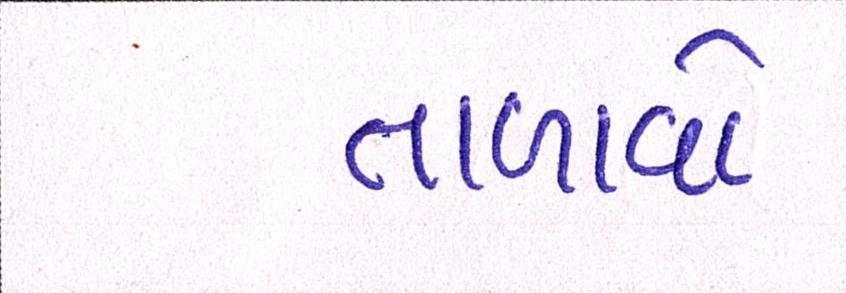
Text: તાળાવો